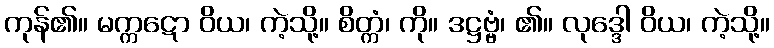
ကုန်၏။ မက္ကဋော ဝိယ၊ ကဲ့သို့။ စိတ္ကံ၊ ကို။ ဒဋ္ဌဗ္ဗံ၊ ၏။ လုဒ္ဒေါ ဝိယ၊ ကဲ့သို့။